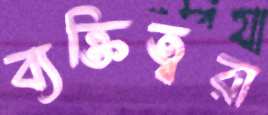
ব্যক্তিত্বরা